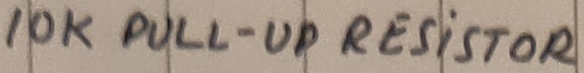
Text: 10K PULL-UP RESISTOR